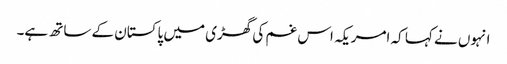
انہوں نے کہا کہ امریکہ اس غم کی گھڑی میں پاکستان کے ساتھ ہے۔